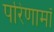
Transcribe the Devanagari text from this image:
परिणामॉ